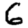
Digit: 6